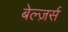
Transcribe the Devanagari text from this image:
बेल्ज़र्स